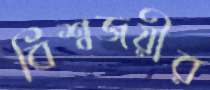
বিশ্বজয়ীর